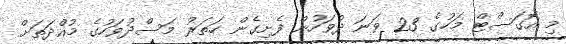
މި އޮގަސްޓް މަހުގެ 23 ވަނަ ދުވަހުން ފެށިގެން ހަތަރު މަސްދުވަހުގެ މުއްދަތަށް